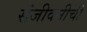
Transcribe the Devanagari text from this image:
संजीवनीची